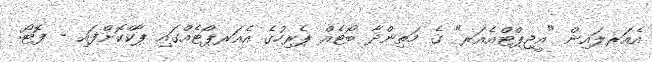
އެއަރލައިން "އީޖިޕްޓްއެއަރ" ގެ މަތިންދާ ބޯޓެއް ޕެރިހުގެ އެއަރޕޯޓެއްގައި ޕާކްކޮށްފައި - ފޮޓޯ: